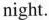
night.